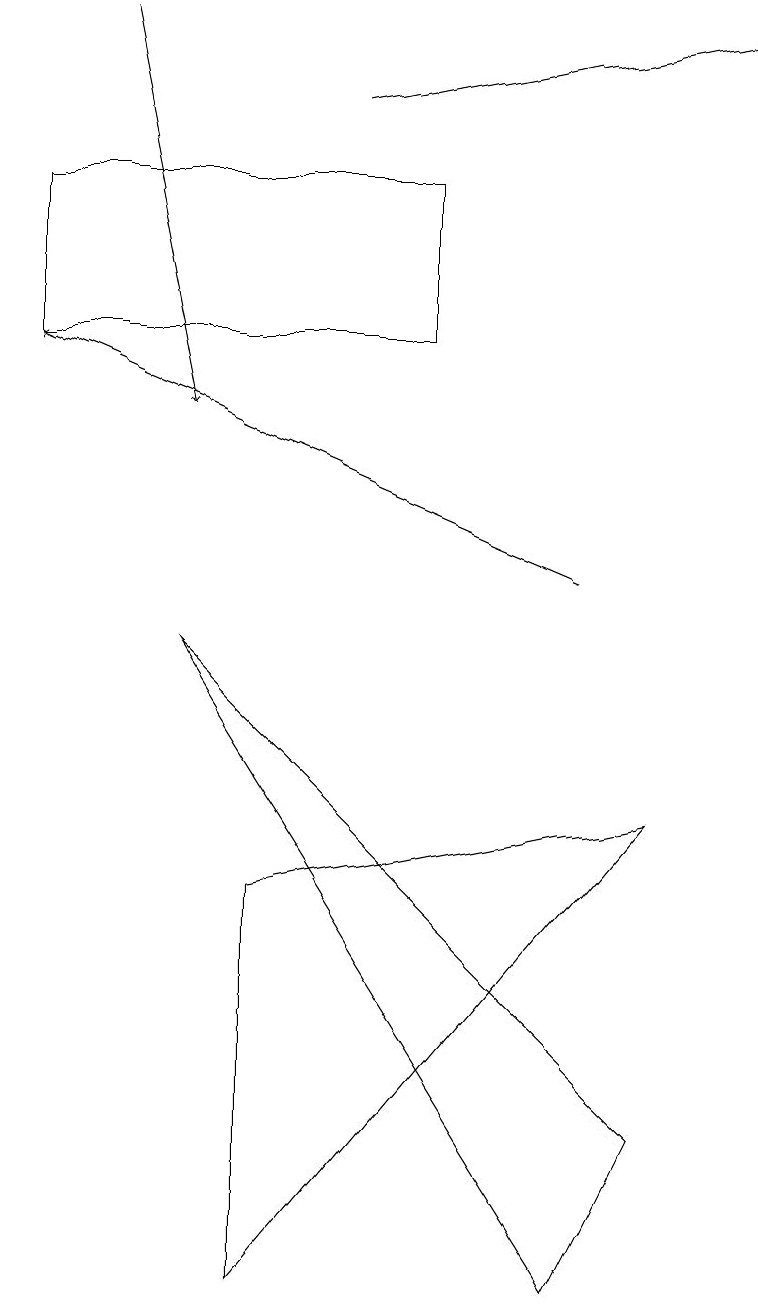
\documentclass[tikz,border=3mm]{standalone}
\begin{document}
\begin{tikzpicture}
\draw (0,13) rectangle (5,15);
\draw (2,9) -- (7,1) -- (8,3) -- cycle;
\draw (3,6) -- (8,7) -- (3,1) -- cycle;
\draw[->] (1,17) -- (2,12);
\draw[->] (7,10) -- (0,13);
\draw[->] (4,16) -- (9,17);
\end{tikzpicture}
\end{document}